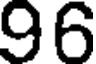
96